system: You are a helpful assistant.
user:
Analyze the provided spectrum to determine if it is a **"Cataclysmic Variables (CV)"**.

- **Key Indicators for CV (Check for either state):**
    - **State 1: Quiescent / Low-State (Emission-Dominated)**
        - **(Primary):** Strong and *very broad* Hydrogen Balmer emission lines (e.g., $H\alpha$ at 6563 Å, $H\beta$ at 4861 Å). The 'broadness' (high velocity dispersion, often FWHM > 1000 km/s) is the key diagnostic, indicating a high-velocity accretion disk.
        - **(Secondary):** Broad neutral Helium (He I) emission lines (e.g., 5876 Å, 6678 Å).
        - **(Key Confirmation):** Presence of high-excitation *ionized* Helium (He II) emission at 4686 Å. This is a strong indicator of accretion onto a white dwarf.
        - **(Line Profile):** Emission lines may exhibit a 'double-peaked' profile, which is a classic signature of a rotating accretion disk viewed at high inclination.

    - **State 2: Outburst / High-State (Absorption-Dominated)**
        - **(Primary):** Spectrum is dominated by a bright, blue continuum (looks like a hot star).
        - **(Secondary):** The emission lines from State 1 are weak, absent, or 'filled in', and are replaced by broad, shallow *absorption* lines (primarily Balmer and He I).
        - **(Morphology):** The overall spectrum mimics a hot B/A-type star. The crucial difference is that the absorption lines are significantly broader, shallower, and more 'washed-out' (or 'smeared') than the sharp lines of a normal stellar photosphere, due to high rotational speeds and pressure broadening in the disk.

Think first, call **spectral_visualization_tool** if needed to examine features in detail, then provide your final answer. Your response must adhere to the following strict rules:
1.  **Overall Structure:** Your response must follow the format `<think>...</think> <tool_call>...</tool_call> (if a tool is used) <answer>...</answer>`.
2.  **Tool Usage Constraint:** You may only make **one** tool call per turn.
3.  **Final Answer Format:** In the `<answer>` tag, your conclusion must be inside a `\boxed{}` command (e.g., `\boxed{YES}`), followed by your justification.

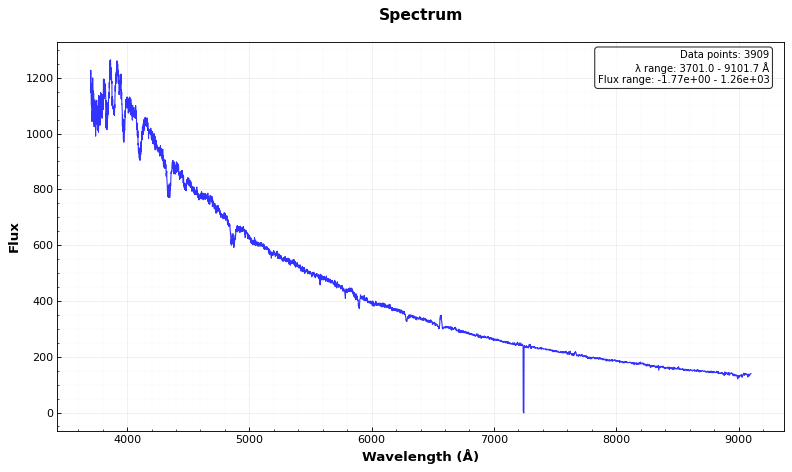
Answer: YES